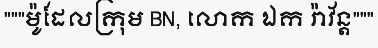
"""ម៉ូដែលក្រុម BN, លោក ឯក រ៉ាវ័ន្ត"""